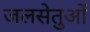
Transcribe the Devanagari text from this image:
जलसेतुओं